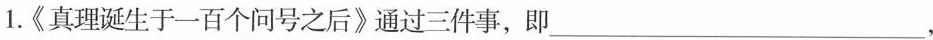
1.《真理诞生于一百个问号之后》通过三件事，即___，